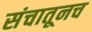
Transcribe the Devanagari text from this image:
संचातूनच